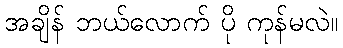
အချိန် ဘယ်လောက် ပို ကုန်မလဲ။